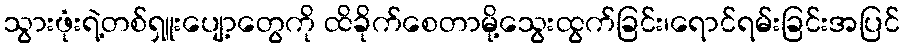
သွားဖုံးရဲ့တစ်ရှူးပျော့တွေကို ထိခိုက်စေတာမို့သွေးထွက်ခြင်း၊ရောင်ရမ်းခြင်းအပြင်